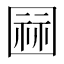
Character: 𭍫